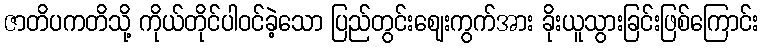
ဇာတိပကတိသို့ ကိုယ်တိုင်ပါဝင်ခဲ့သော ပြည်တွင်းဈေးကွက်အား ခိုးယူသွားခြင်းဖြစ်ကြောင်း